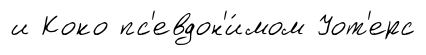
и Коко пс'евдон'и́мом Уот'ерс